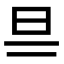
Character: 𣄾